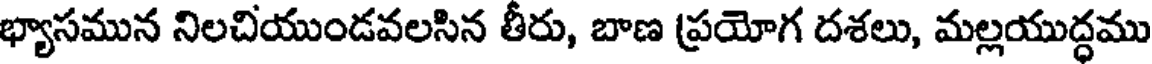
భ్యాసమున నిలచియుండవలసిన తీరు, బాణ ప్రయోగ దశలు, మల్లయుద్ధము